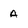
Character: A